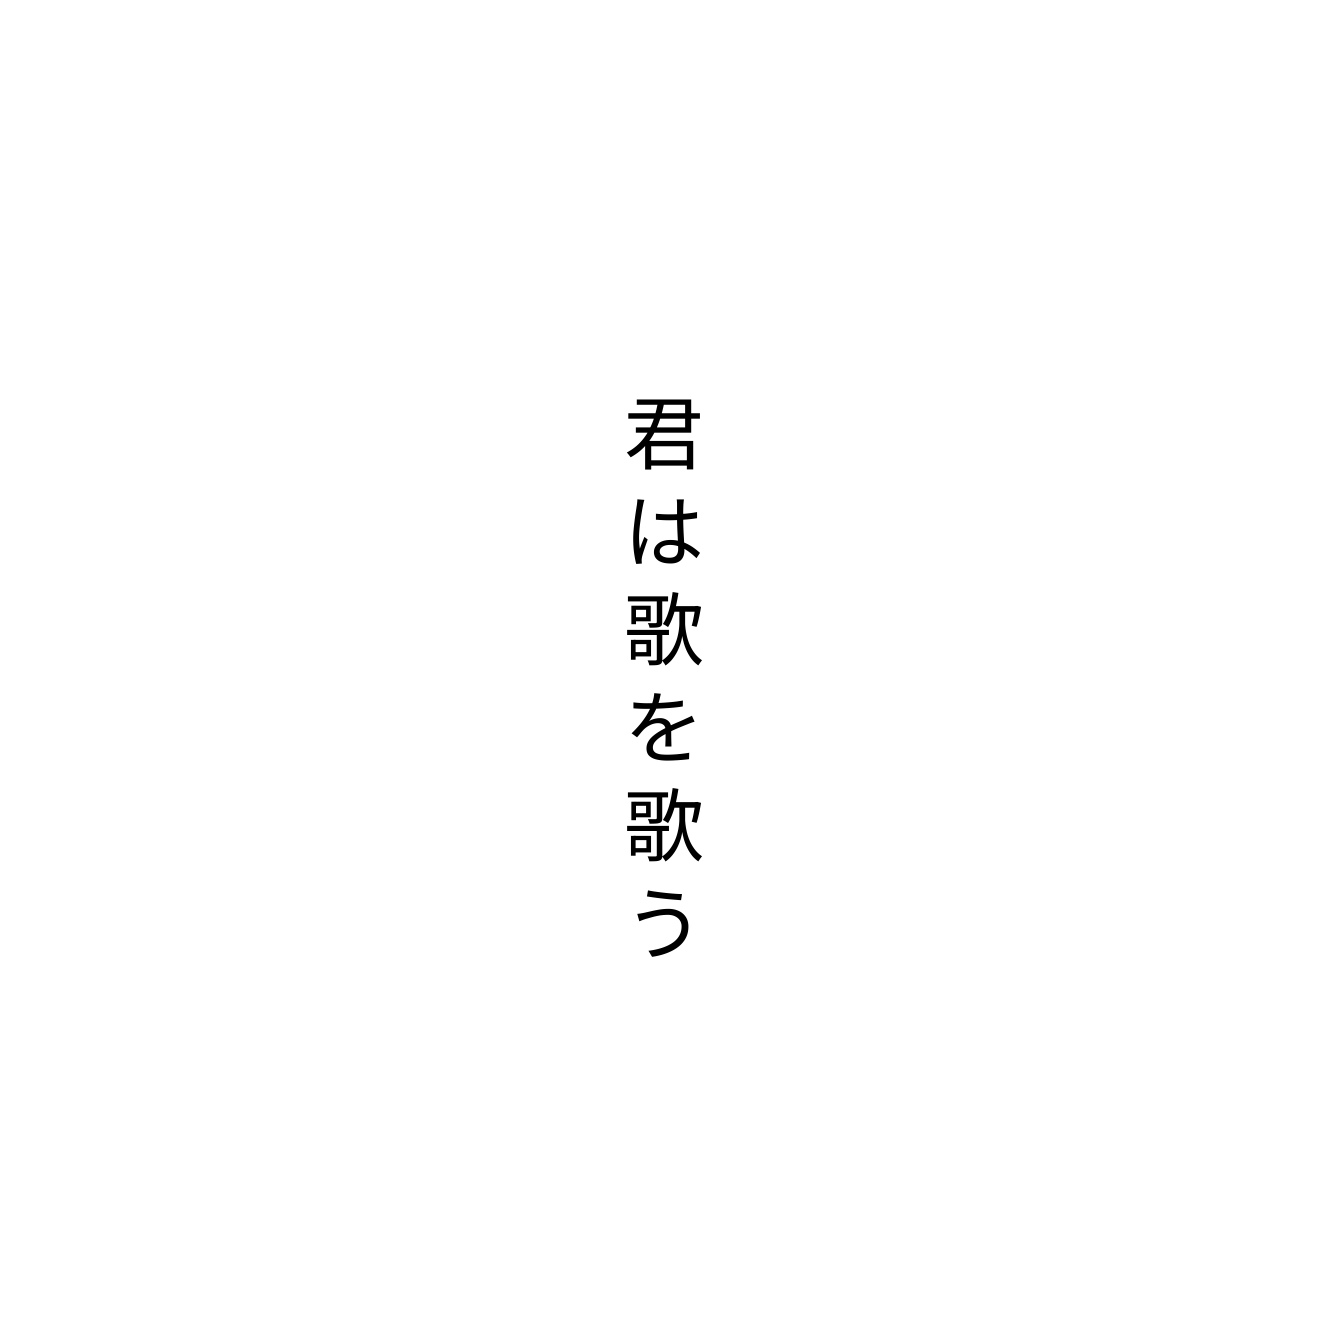
君は歌を歌う